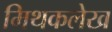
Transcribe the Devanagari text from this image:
मिथकलेख